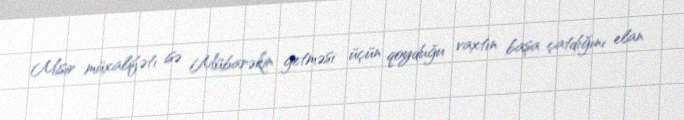
Misir müxalifəti isə Mübarəkin getməsi üçün qoyduğu vaxtın başa çatdığını elan